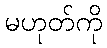
မဟုတ်ကို